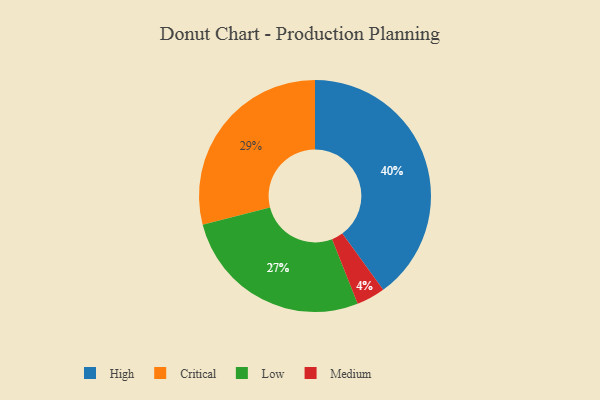
{"axis": {"x": "Category", "y": "Percentage"}, "legend": ["Critical", "High", "Low", "Medium"], "data": [{"x": "Critical", "y": 29, "type": "Critical"}, {"x": "Medium", "y": 4, "type": "Medium"}, {"x": "High", "y": 40, "type": "High"}, {"x": "Low", "y": 27, "type": "Low"}]}